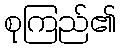
စုကြည်၏